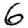
Digit: 6